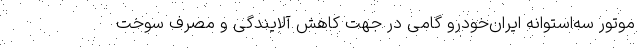
موتور سه‌استوانه ایران‌خودرو گامی در جهت کاهش آلایندگی و مصرف سوخت